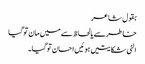
بقول شاعر
خاطرسے یالحاظ سے میں مان توگیا
الٹی شکایتیں ہوئیں احسان توگیا۔